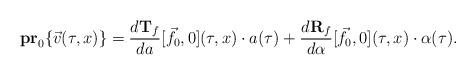
LaTeX: \begin{align*}{\bf pr}_0\{\vec{v}(\tau,x)\}=\frac{d{\bf T}_f}{da}[\vec{f}_0,0](\tau,x)\cdot a(\tau) +\frac{d{\bf R}_f}{d\alpha}[\vec{f}_0,0](\tau,x)\cdot\alpha(\tau).\end{align*}